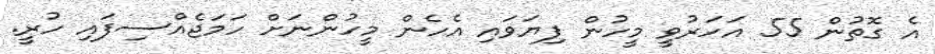
އެ ގޮތުން 55 އަހަރުވީ މީހުން ފިޔަވައި އެހެން މީހުންނަށް ހަމަޖެއްސިފައި ހުރީ.